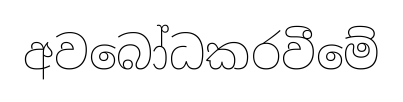
අවබෝධකරවීමේ